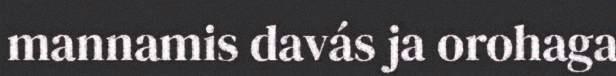
mannamis davás ja orohaga